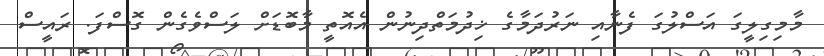
މާމިގިލީގަ އަސްލުގަ ފެނާއި ނަރުދަމާގެ ޚިދުމަތްދިނުން އެއޮތީ މާބޮޑަށް ލަސްވެގެން ގޮސްފަ. ރައީސް